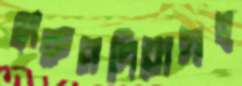
হারুনদিয়াসহ